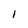
Character: I